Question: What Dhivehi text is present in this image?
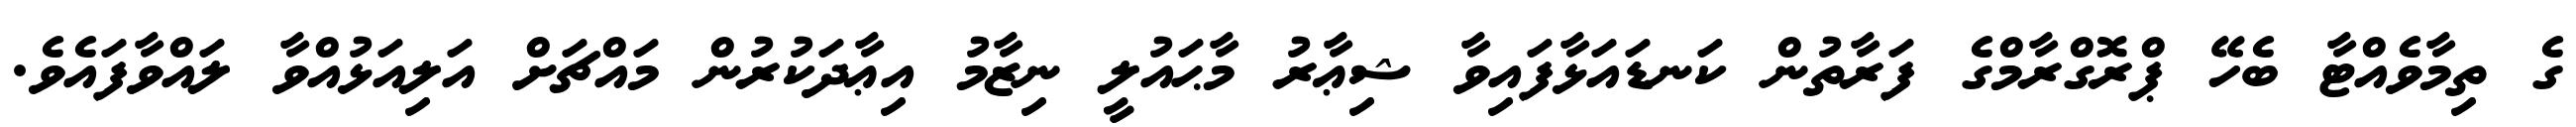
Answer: ގެ ތިމާވެއްޓާ ބެހޭ ޕްރޮގްރާމްގެ ފަރާތުން ކަނޑައަޅާފައިވާ ޝިޢާރު މާޙައުލީ ނިޒާމު އިޢާދަކުރުން މައްޗަށް އަލިއަޅުއްވާ ލައްވާފައެވެ.